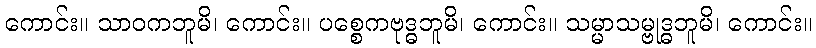
ကောင်း။ သာဝကဘူမိ၊ ကောင်း။ ပစ္စေကဗုဒ္ဓဘူမိ၊ ကောင်း။ သမ္မာသမ္ဗုဒ္ဓဘူမိ၊ ကောင်း။